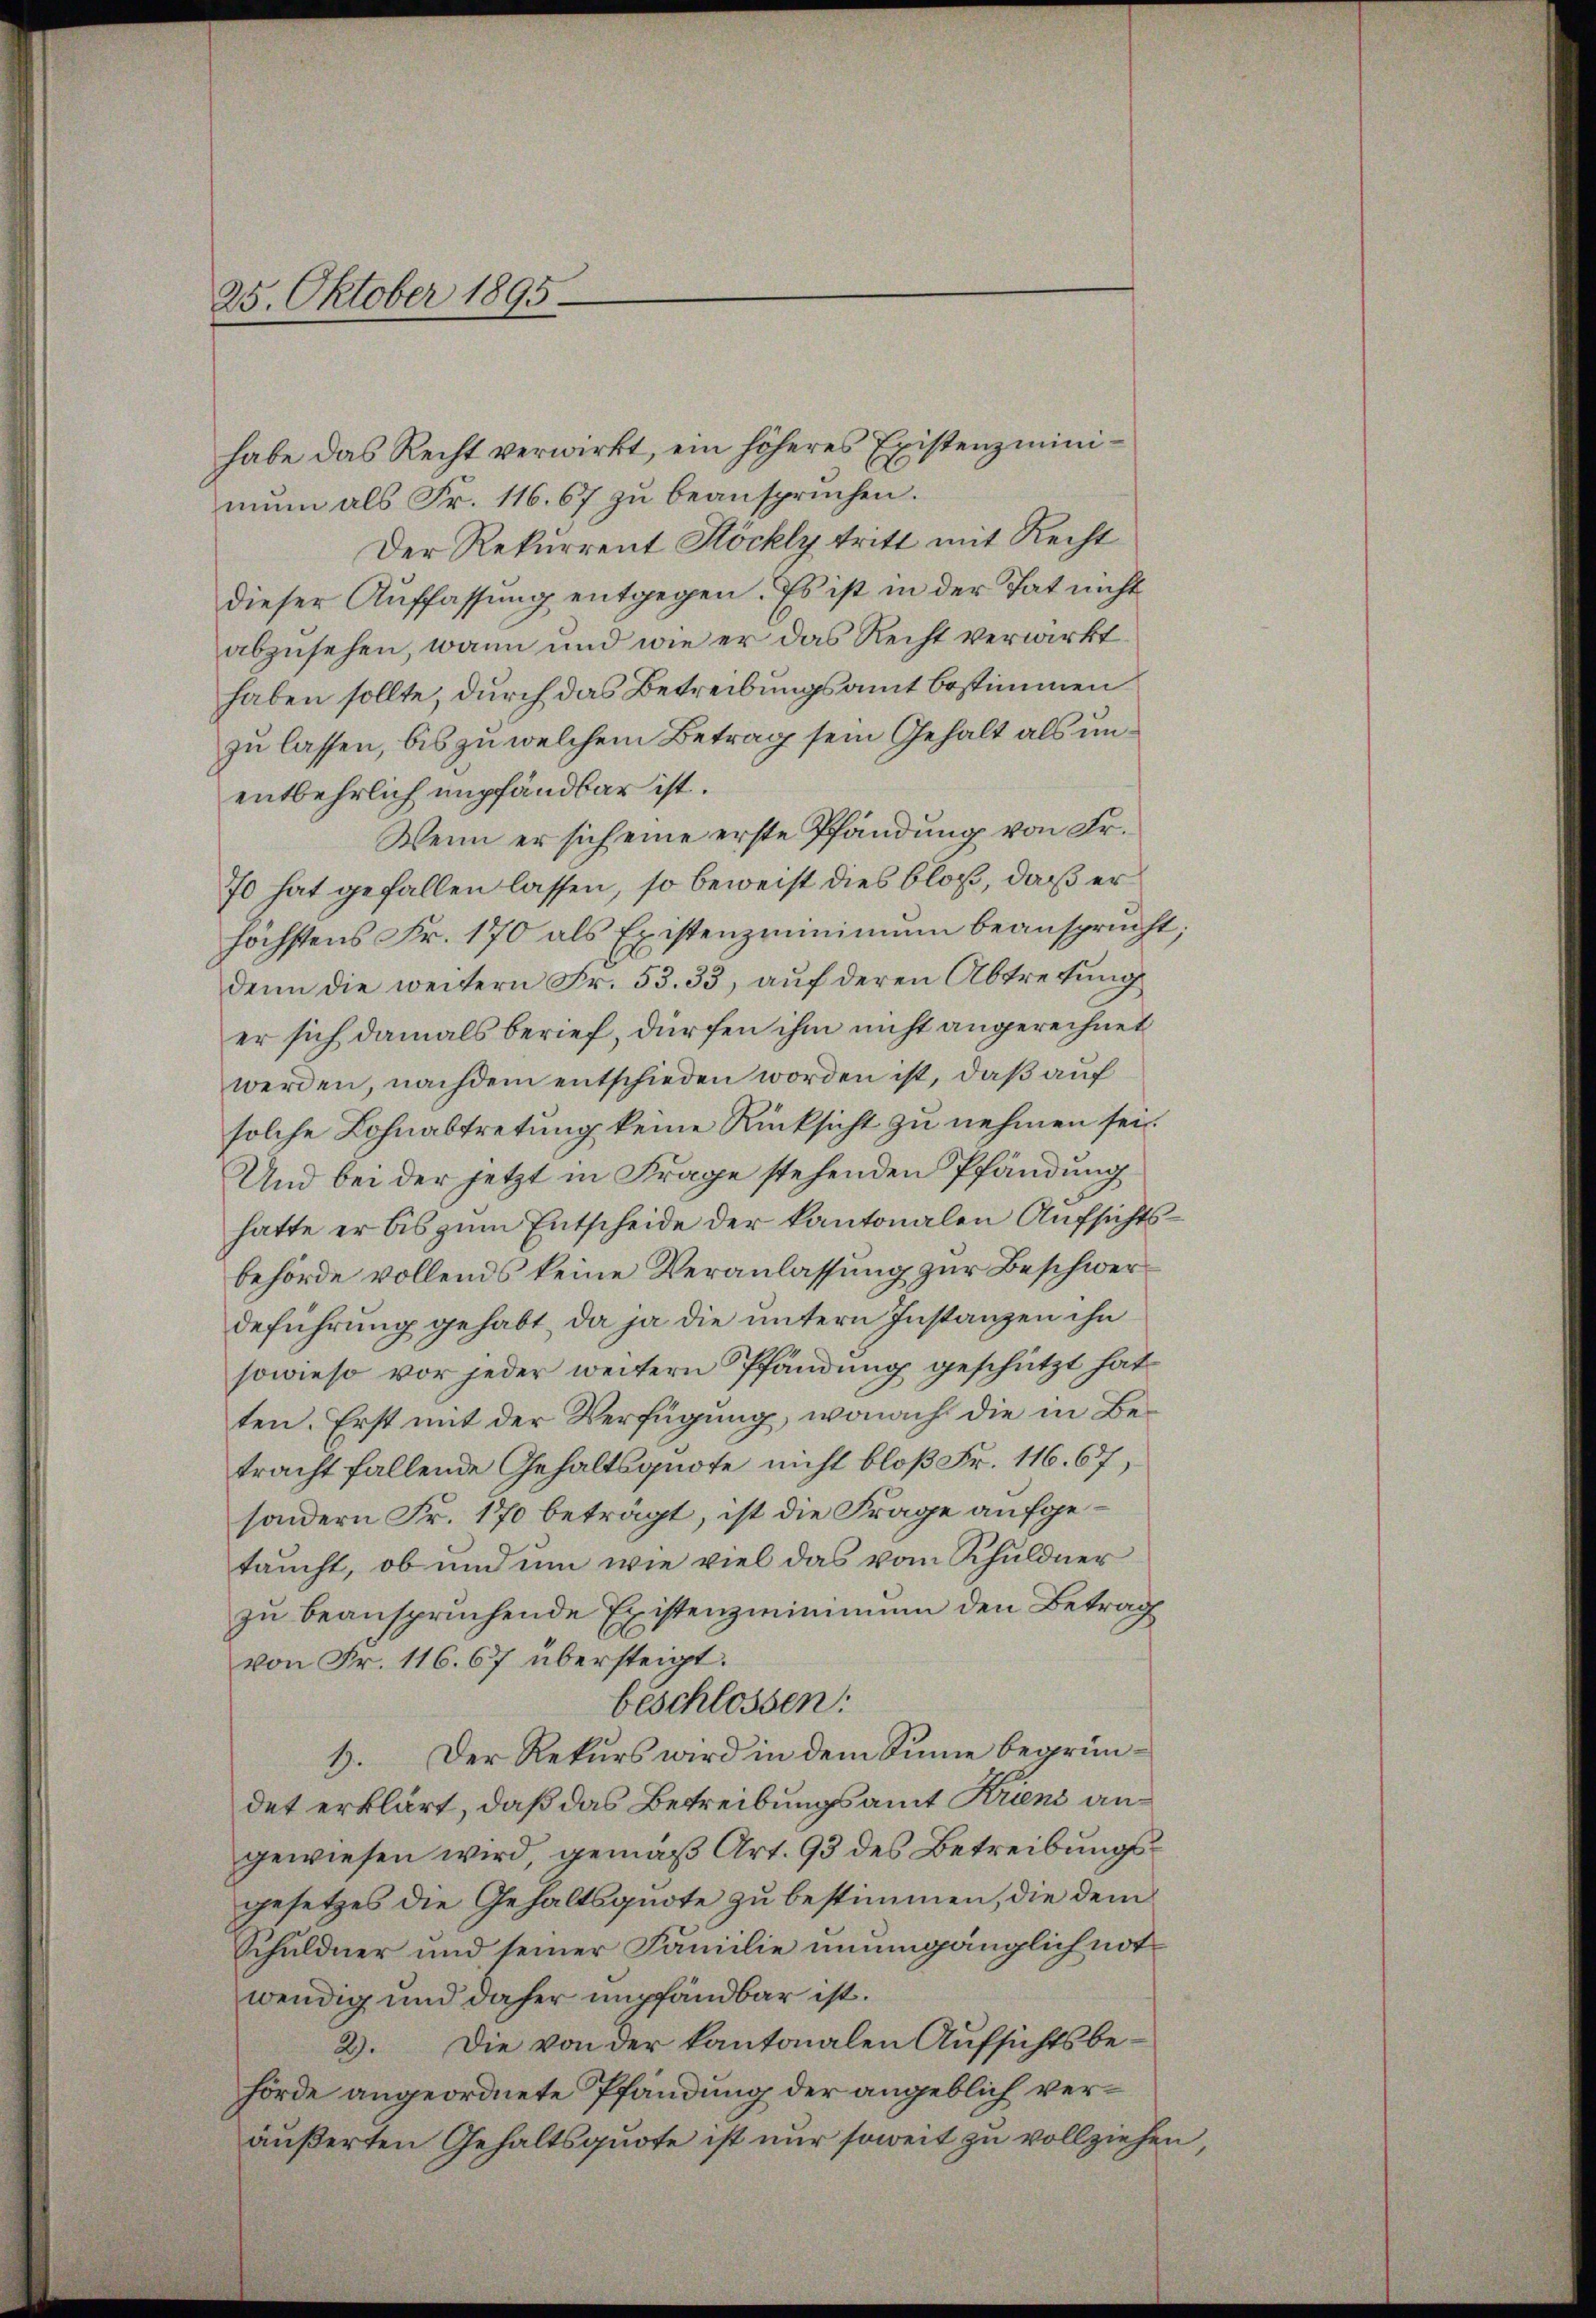
—
25. Oktober 1895.

habe das Recht verwirkt, ein höheres Existenzminiman als Fr. 116. 67 zu beansprüchen.
Der Rekurrent Köchly tritt mit Recht
dieser Auffassung entgegen. Es ist in der Tat nicht
abzusehen, wann und wie er das Recht verwirkt.
haben sollte, durch das Betreibungsamt bestimmen
zu lassen, bis zu welchem Betrag sein Gehalt als unentbehrlich empfandbar ist.
Wenn er sich eine erste Pfändung von Fr.
70 hat gefallen lassen, so beweist dies bloß, daß er
höchstens Fr. 170 als Existenzminimum beansprucht;
denn die weitern Fr. 53. 33, auf deren Abtretung
er sich damals berief, dürfen ihm nicht angerechnet
werden, nachdem entschieden worden ist, daß auf
solche Lohnabtretung keine Rücksicht zu nehmen sei.
Und bei der jetzt in Frage stehenden Pfändung
hatte er bis zum Entscheide der kantonalen Aufsichtsbehörde vollends keine Veranlassung zur Beschwerdeführung gehabt, da ja die untern Instanzen ihn
sowieso vor jeder weitern Pfändung geschützt hat
ten. Erst mit der Verfügung, wonach die in Betracht fallende Gehaltsquote nicht bloß Fr. 116. 67,
sondern Fr. 170 beträgt, ist die Frage aufgetaucht, ob und um wie viel das vom Schuldner
zu beansprüchende Existenzminimum den Betrag
von Fr. 116. 67 übersteigt.
beschlossen:
1. Der Rekurs wird in dem Sinne begründet erklärt, daß das Betreibungsamt Kriens angewiesen wird, gemäß Art. 93 des Betreibungsgesetzes die Gehaltsquote zu bestimmen, die dem
Schuldner und seiner Familie unumgänglich not
wendig und daher empfandbar ist.
2). Die von der kantonalen Aŭfsichtsbe-
hörde angeordnete Pfandung der angeblich veräußerten Gehaltsquote ist nur soweit zu vollziehen,